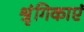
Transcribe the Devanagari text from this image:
श्रृंगिकाएं